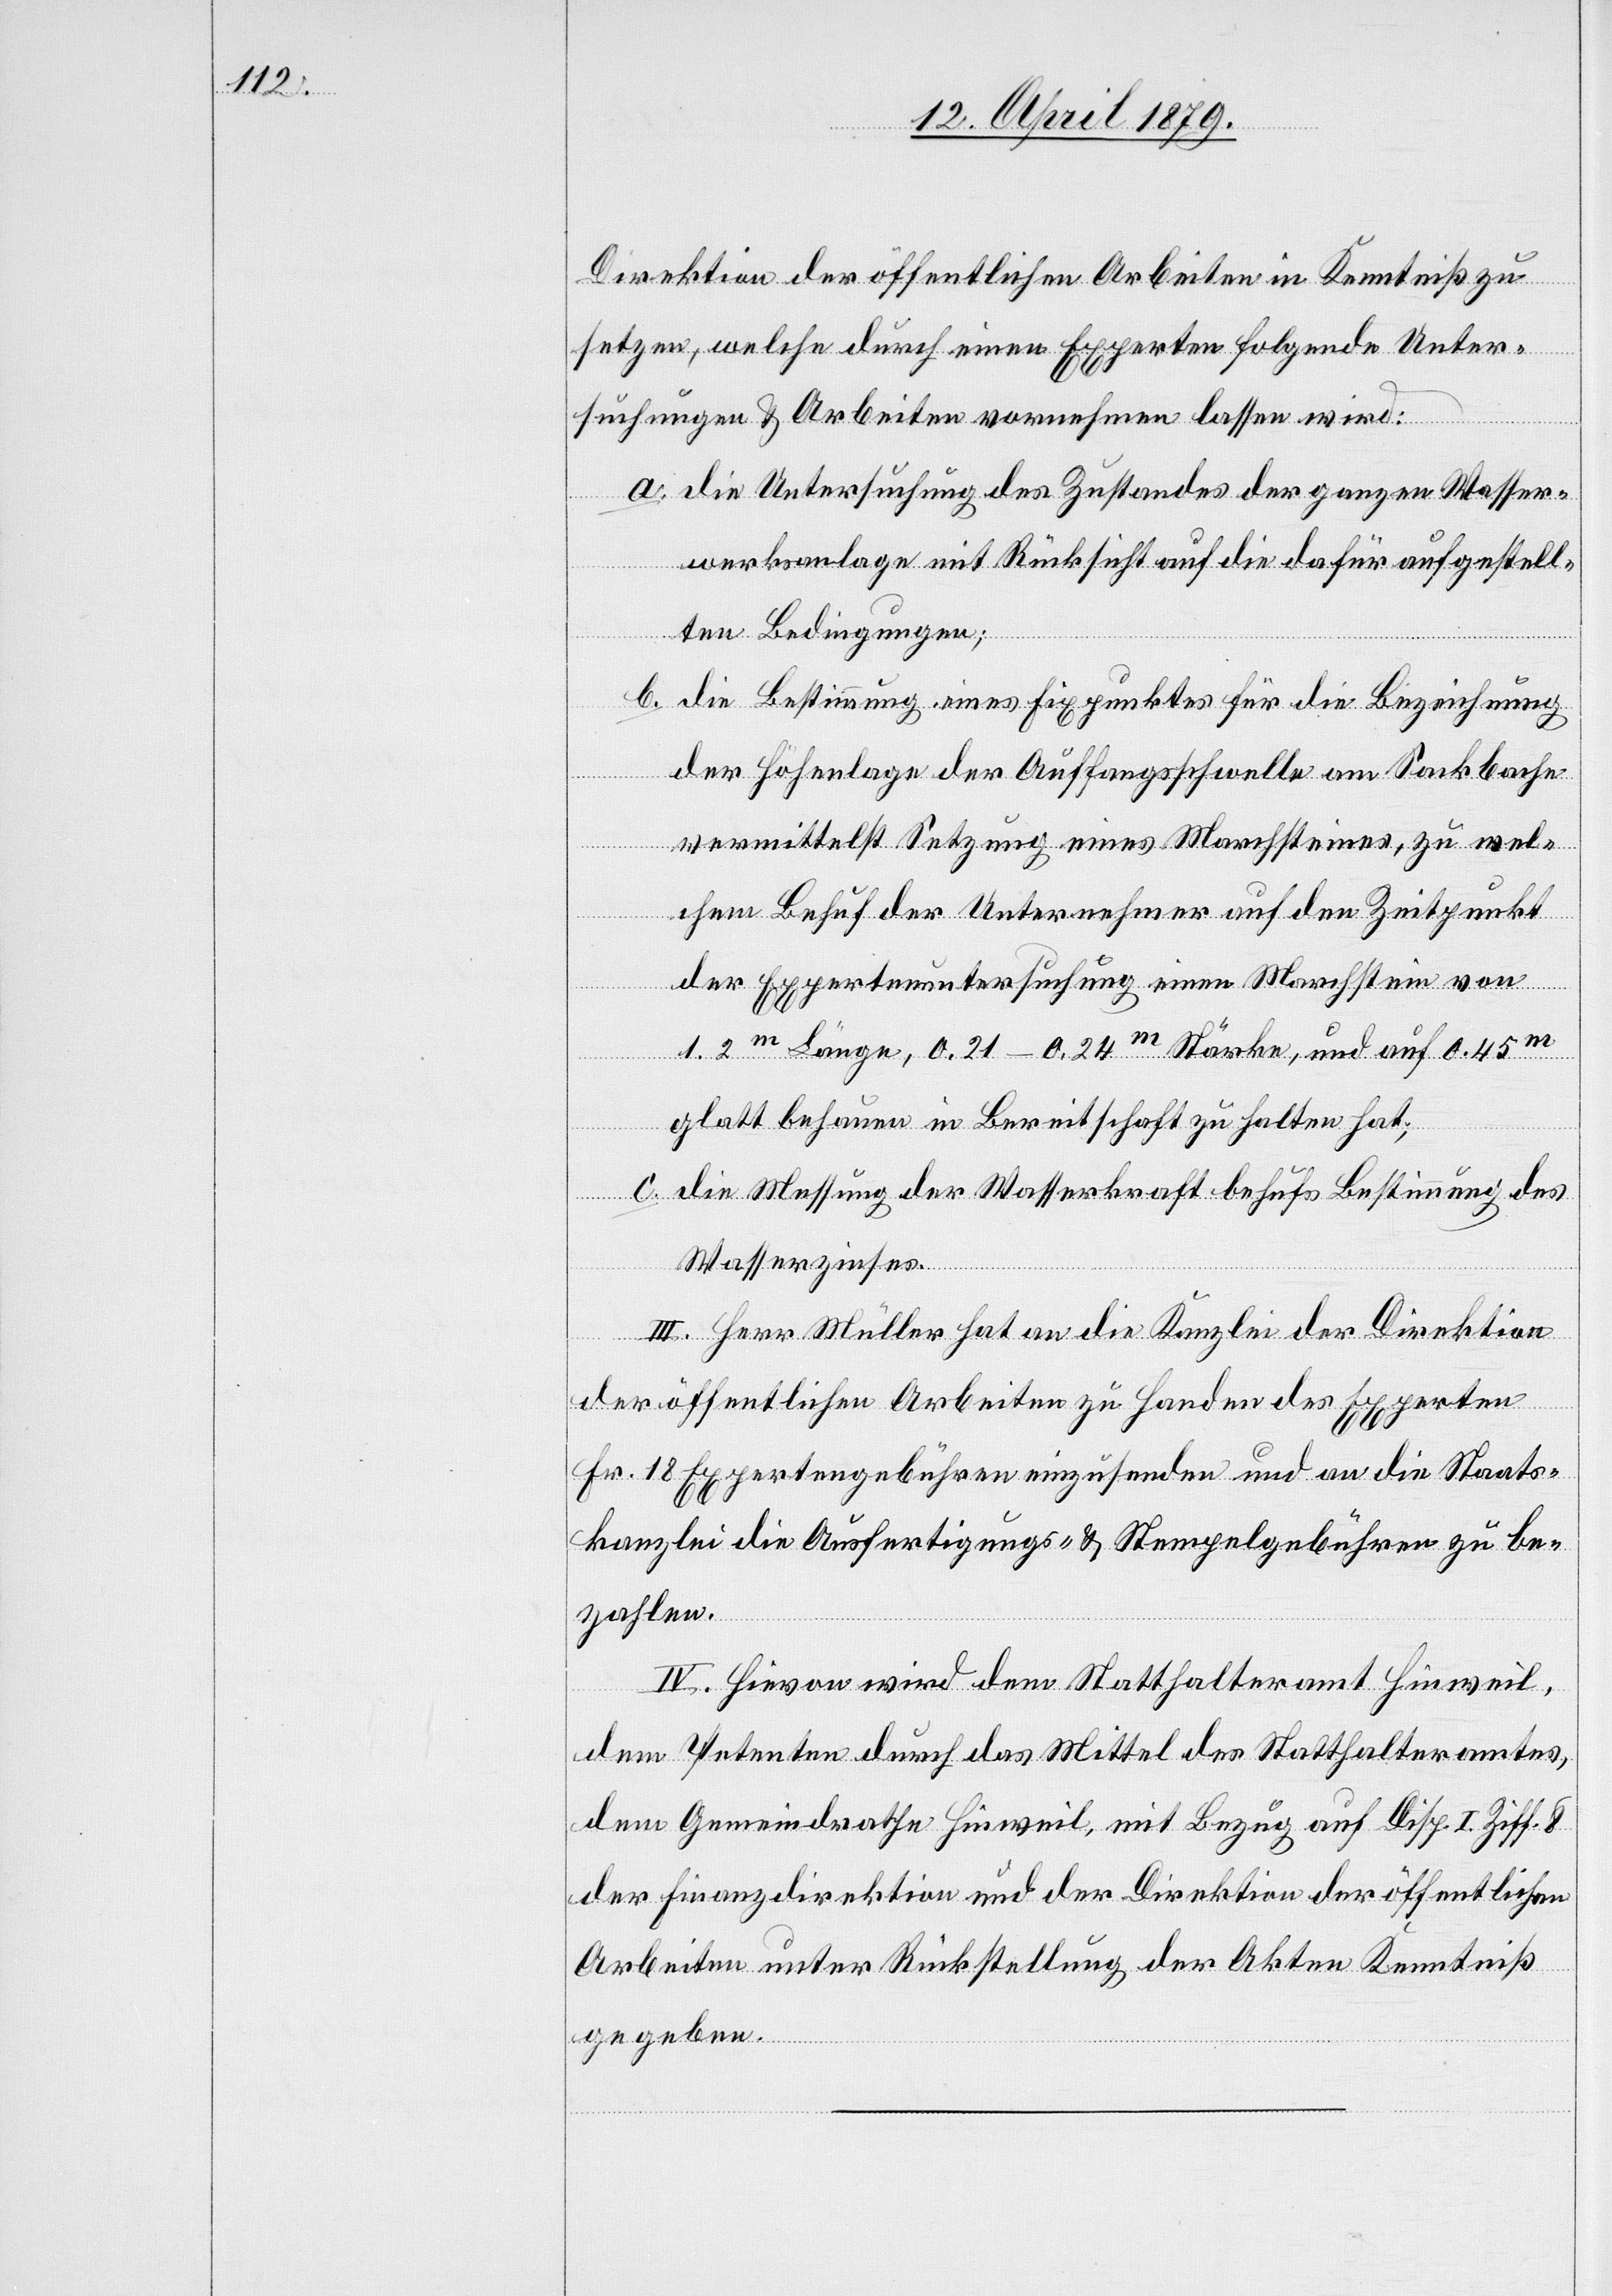
Direktion der öffentlichen Arbeiten in Kenntniß zu
setzen, welche durch einen Experten folgende Unter¬
suchungen & Arbeiten vornehmen lassen wird:
a. die Untersuchung des Zustandes der ganzen Wasser¬
werksanlage mit Rücksicht auf die dafür aufgestell¬
ten Bedingungen;
b. die Bestimmung eines Fixpunktes für die Bezeichnung
der Höhenlage der Auffangsschwelle am Sackbache
vermittelst Setzung eines Marchsteines, zu wel¬
chem Behuf der Unternehmer auf den Zeitpunkt
der Expertenuntersuchung einen Marchstein von
1.2m Länge, 0.21–0.24m Stärke, und auf 0.45m
glatt behauen in Bereitschaft zu halten hat;
c. die Messung der Wasserkraft behufs Bestimmung des
Wasserzinses.
III. Herr Müller hat an die Kanzlei der Direktion
der öffentlichen Arbeiten zu Handen des Experten
Fr. 18 Expertengebühren einzusenden und an die Staats¬
kanzlei die Ausfertigungs- & Stempelgebühren zu be¬
zahlen.
IV. Hievon wird dem Statthalteramt Hinweil,
dem Petenten durch das Mittel des Statthalteramtes,
dem Gemeindrathe Hinweil, mit Bezug auf Disp. I. Ziff. 8
der Finanzdirektion und der Direktion der öffentlichen
Arbeiten unter Rückstellung der Akten Kenntniß
gegeben.